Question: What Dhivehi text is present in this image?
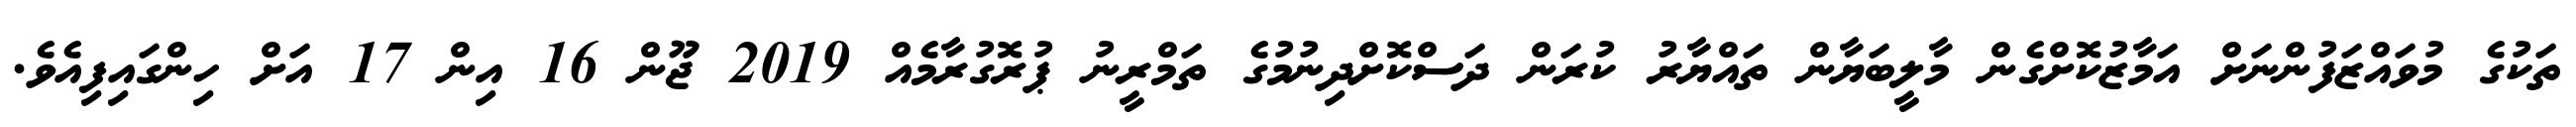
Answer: ތަކުގެ މުވައްޒަފުންނަށް އަމާޒުކޮށްގެން މާލީބަޔާން ތައްޔާރު ކުރަން ދަސްކޮށްދިނުމުގެ ތަމްރީނު ޕުރޮގުރާމެއް 2019 ޖޫން 16 އިން 17 އަށް ހިންގައިފިއެވެ.